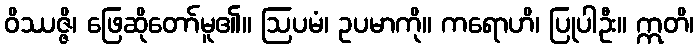
ဝိဿဇ္ဇိ၊ ဖြေဆိုတော်မူ၏။ ဩပမံ၊ ဥပမာကို။ ကရောဟိ၊ ပြုပါဦး။ ဣတိ၊